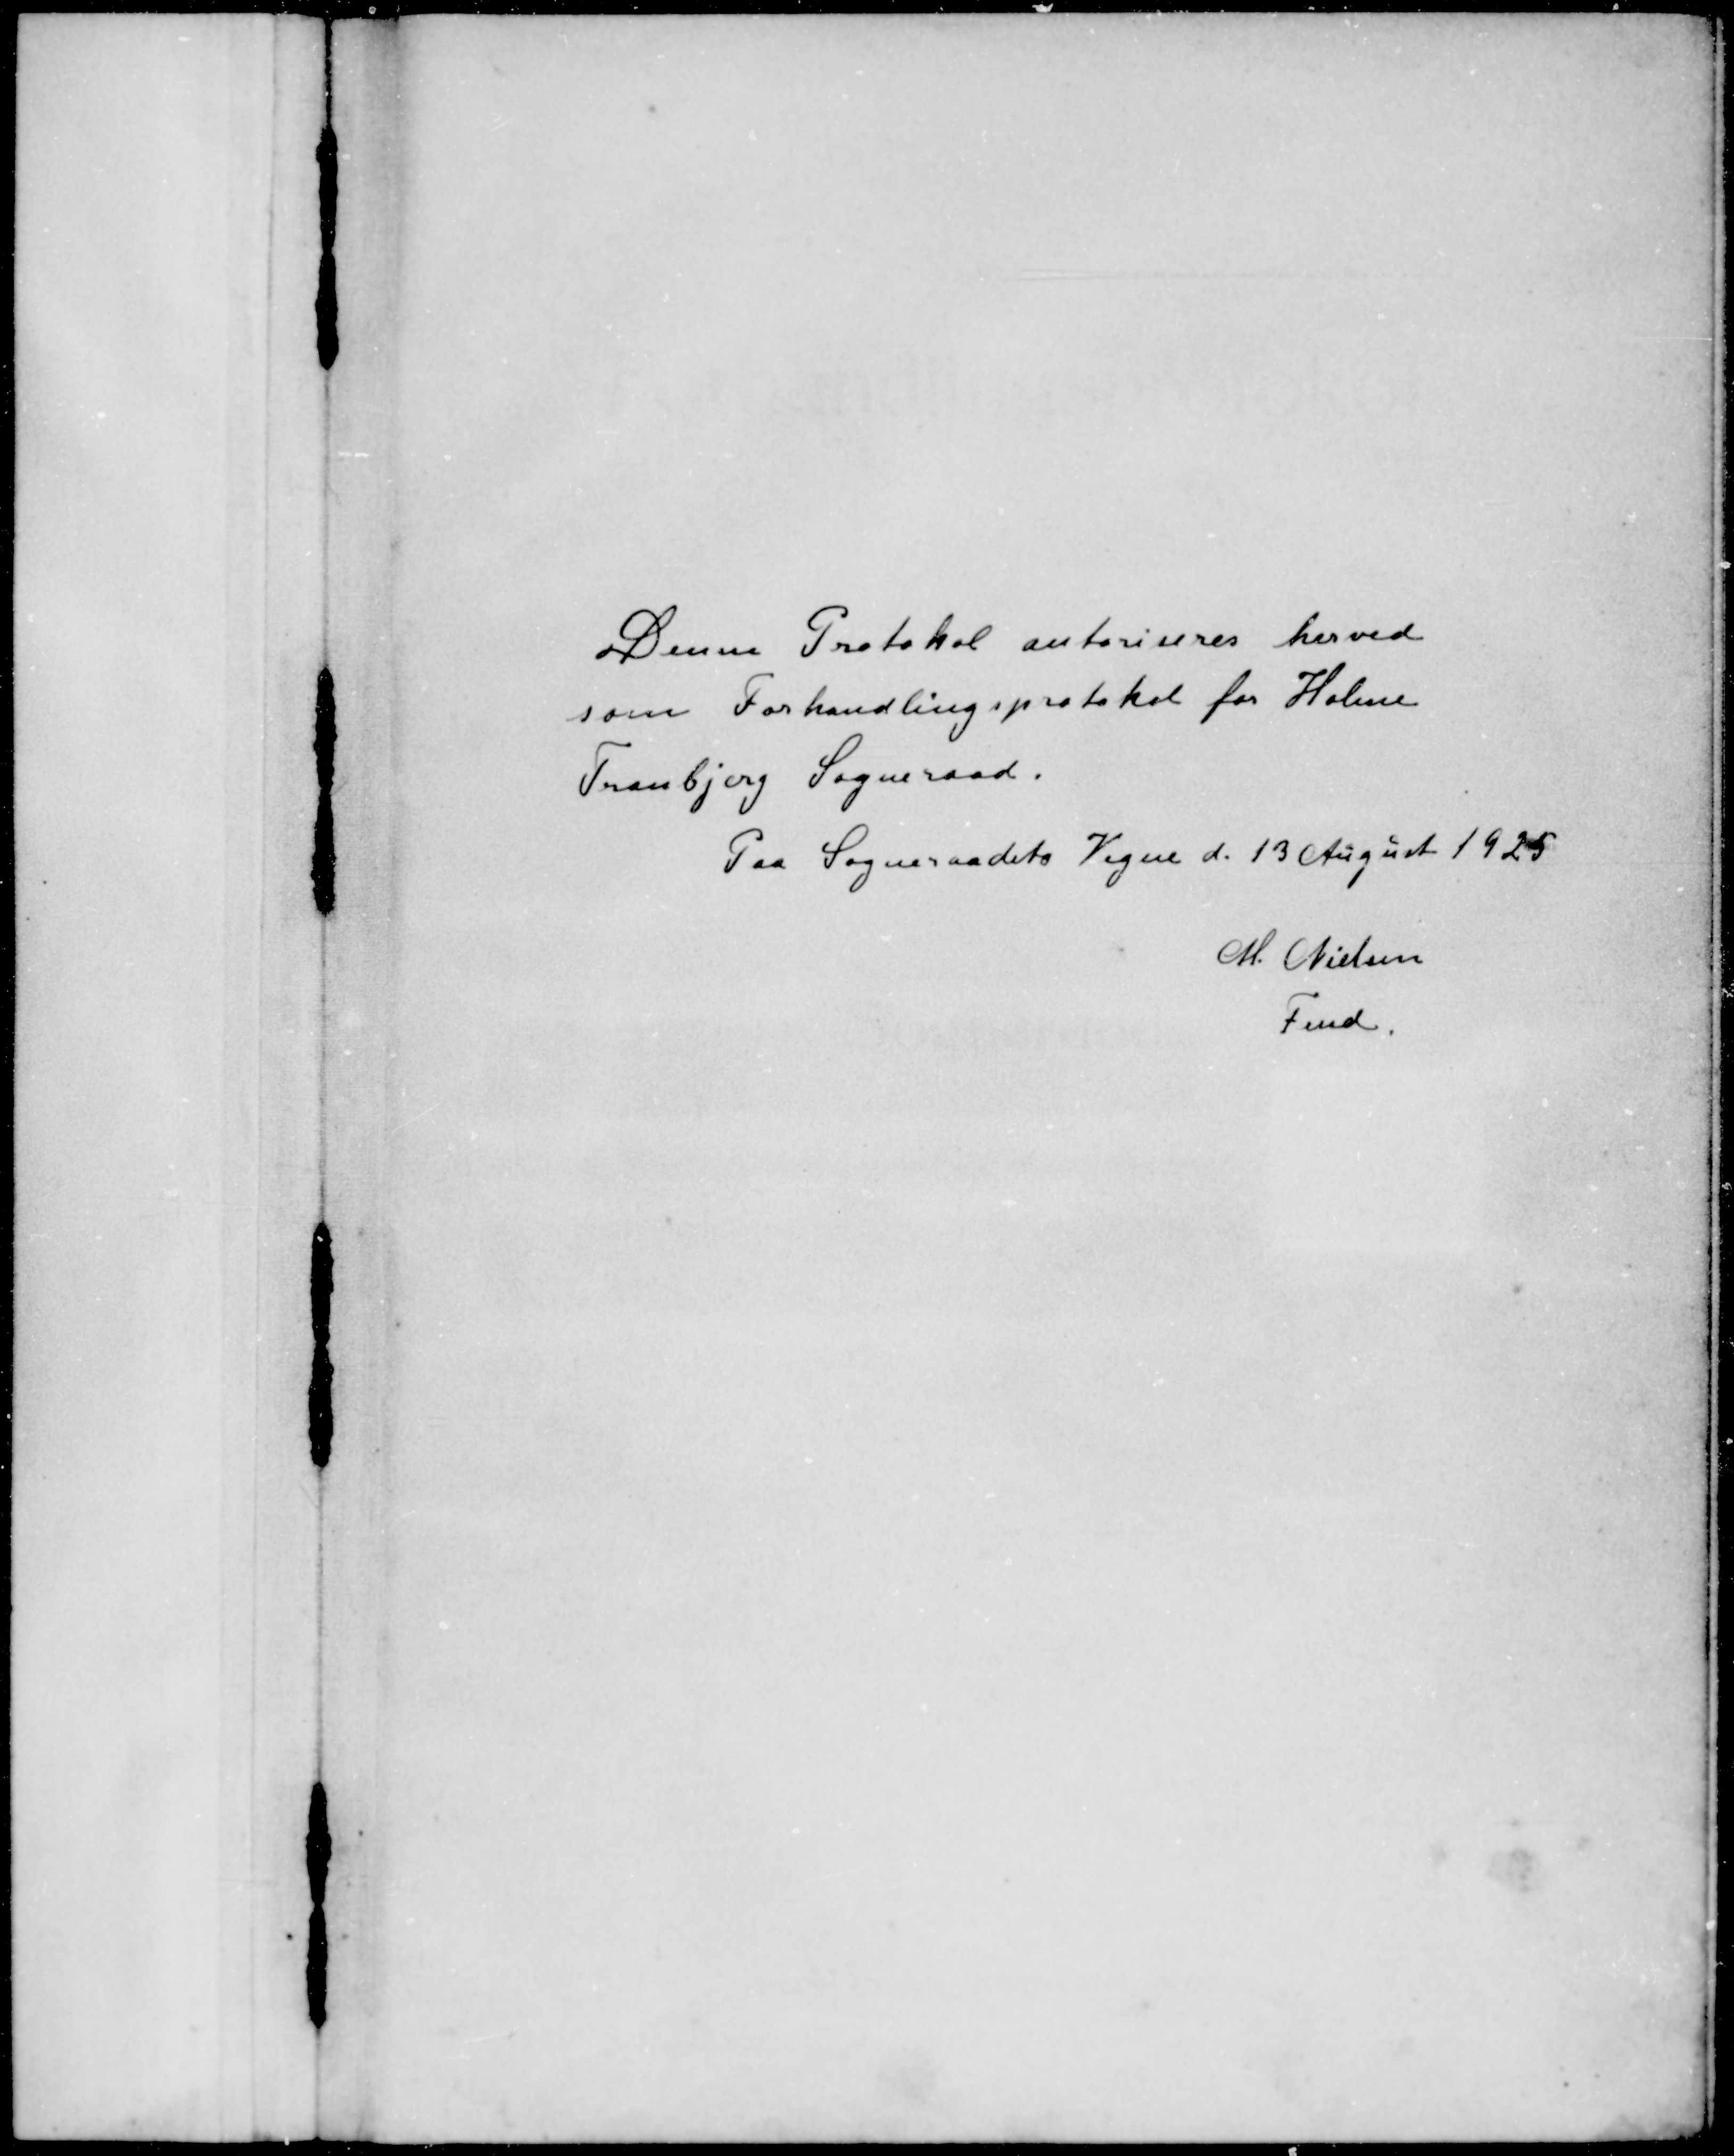
Transskription:
Denne Protokol autoriseres herved
som Forhandlingsprotokol for Holme
Tranbjerg Sogneraad.
Paa Sogneraadets Vegne d. 13 August 1925
M. Nielsen
Fmd.